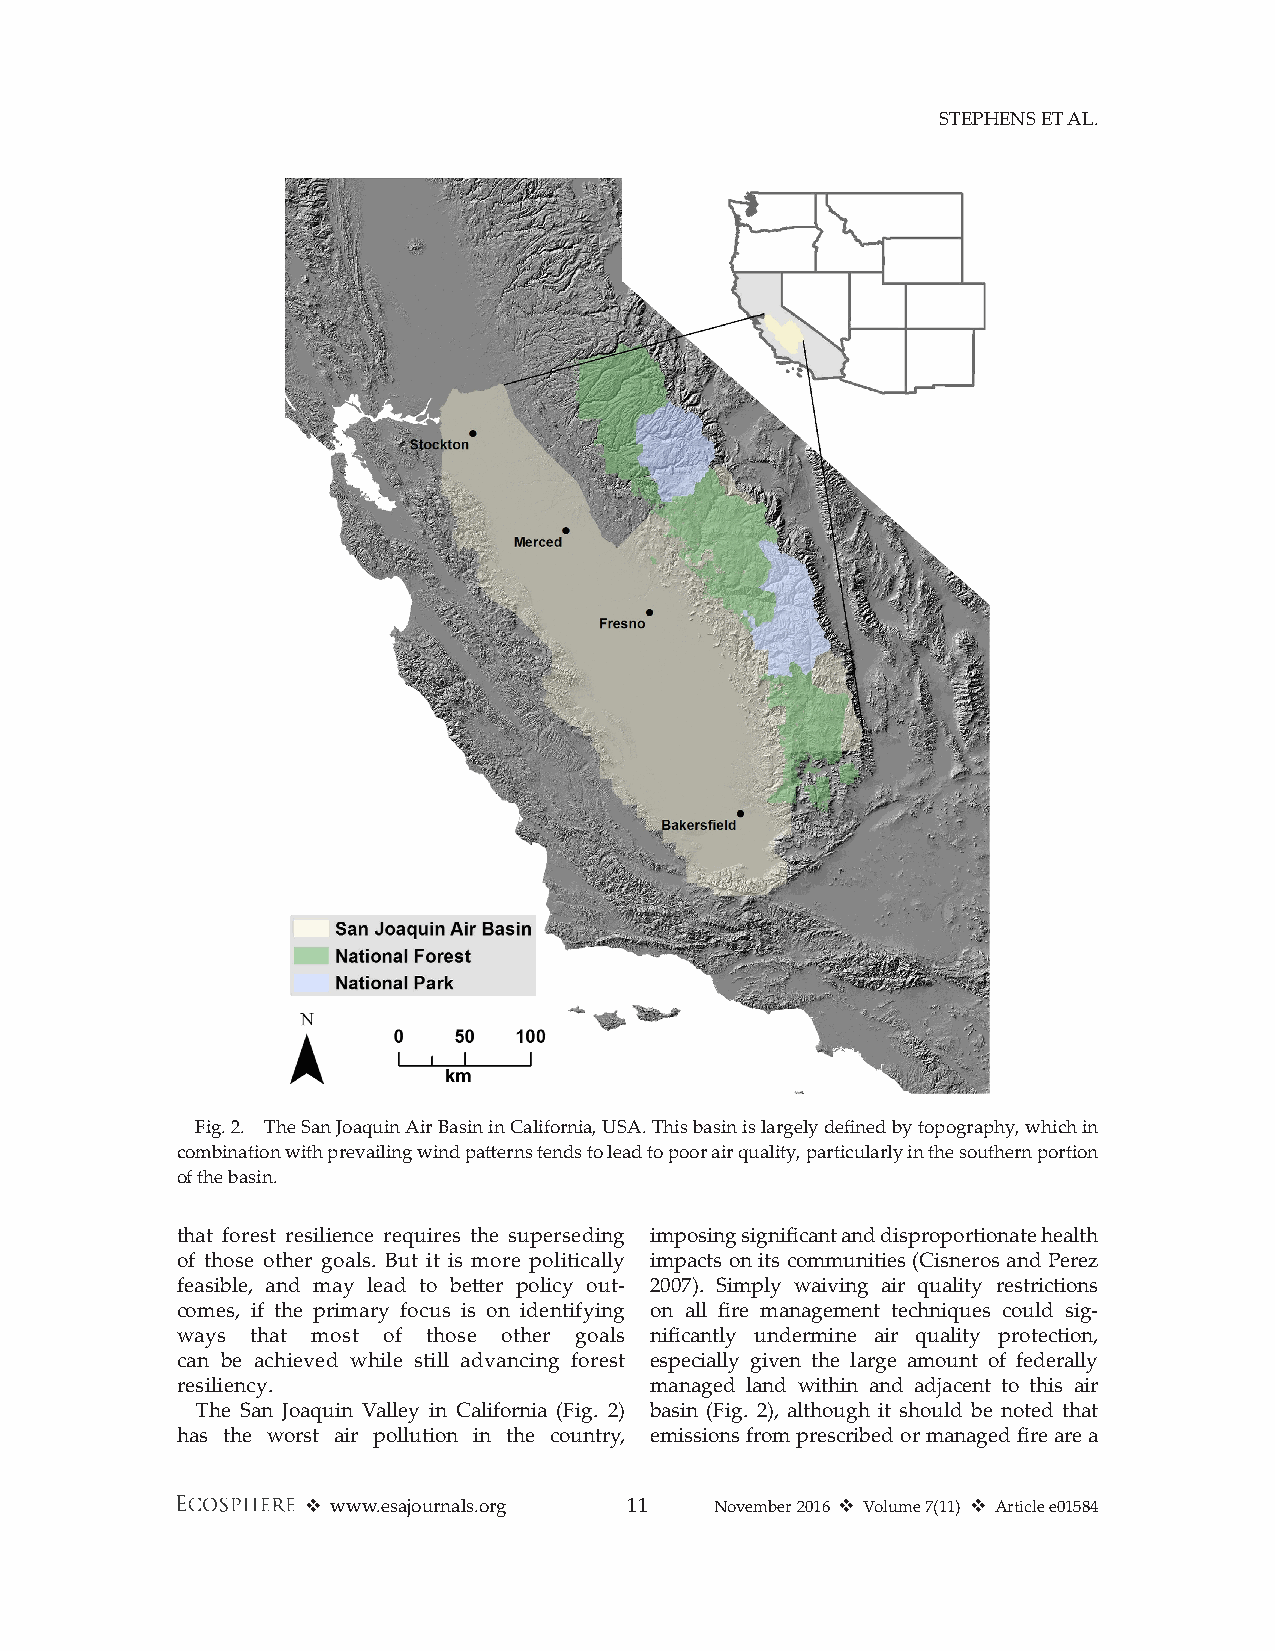
STEPhENS ET AL.
 Fig. 2. The San Joaquin Air Basin in California, USA. This basin is largely defined by topography, which in
 combination with prevailing wind patterns tends to lead to poor air quality, particularly in the southern portion
 of the basin.
 that forest resilience requires the superseding imposing significant and disproportionate health
 of those other goals. But it is more politically impacts on its communities (Cisneros and Perez
 feasible, and may lead to better policy out- 2007). Simply waiving air quality restrictions
 comes, if the primary focus is on identifying on all fire management techniques could sig-
 ways that most of those other goals nificantly undermine air quality protection,
 can be achieved while still advancing forest especially given the large amount of federally
 resiliency.                    managed land within and adjacent to this air
 The San Joaquin Valley in California (Fig. 2) basin (Fig. 2), although it should be noted that
 has the worst air pollution in the country, emissions from prescribed or managed fire are a
 v www.esajournals.org 11   November 2016 v Volume 7(11) v Article e01584